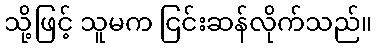
သို့ဖြင့် သူမက ငြင်းဆန်လိုက်သည်။